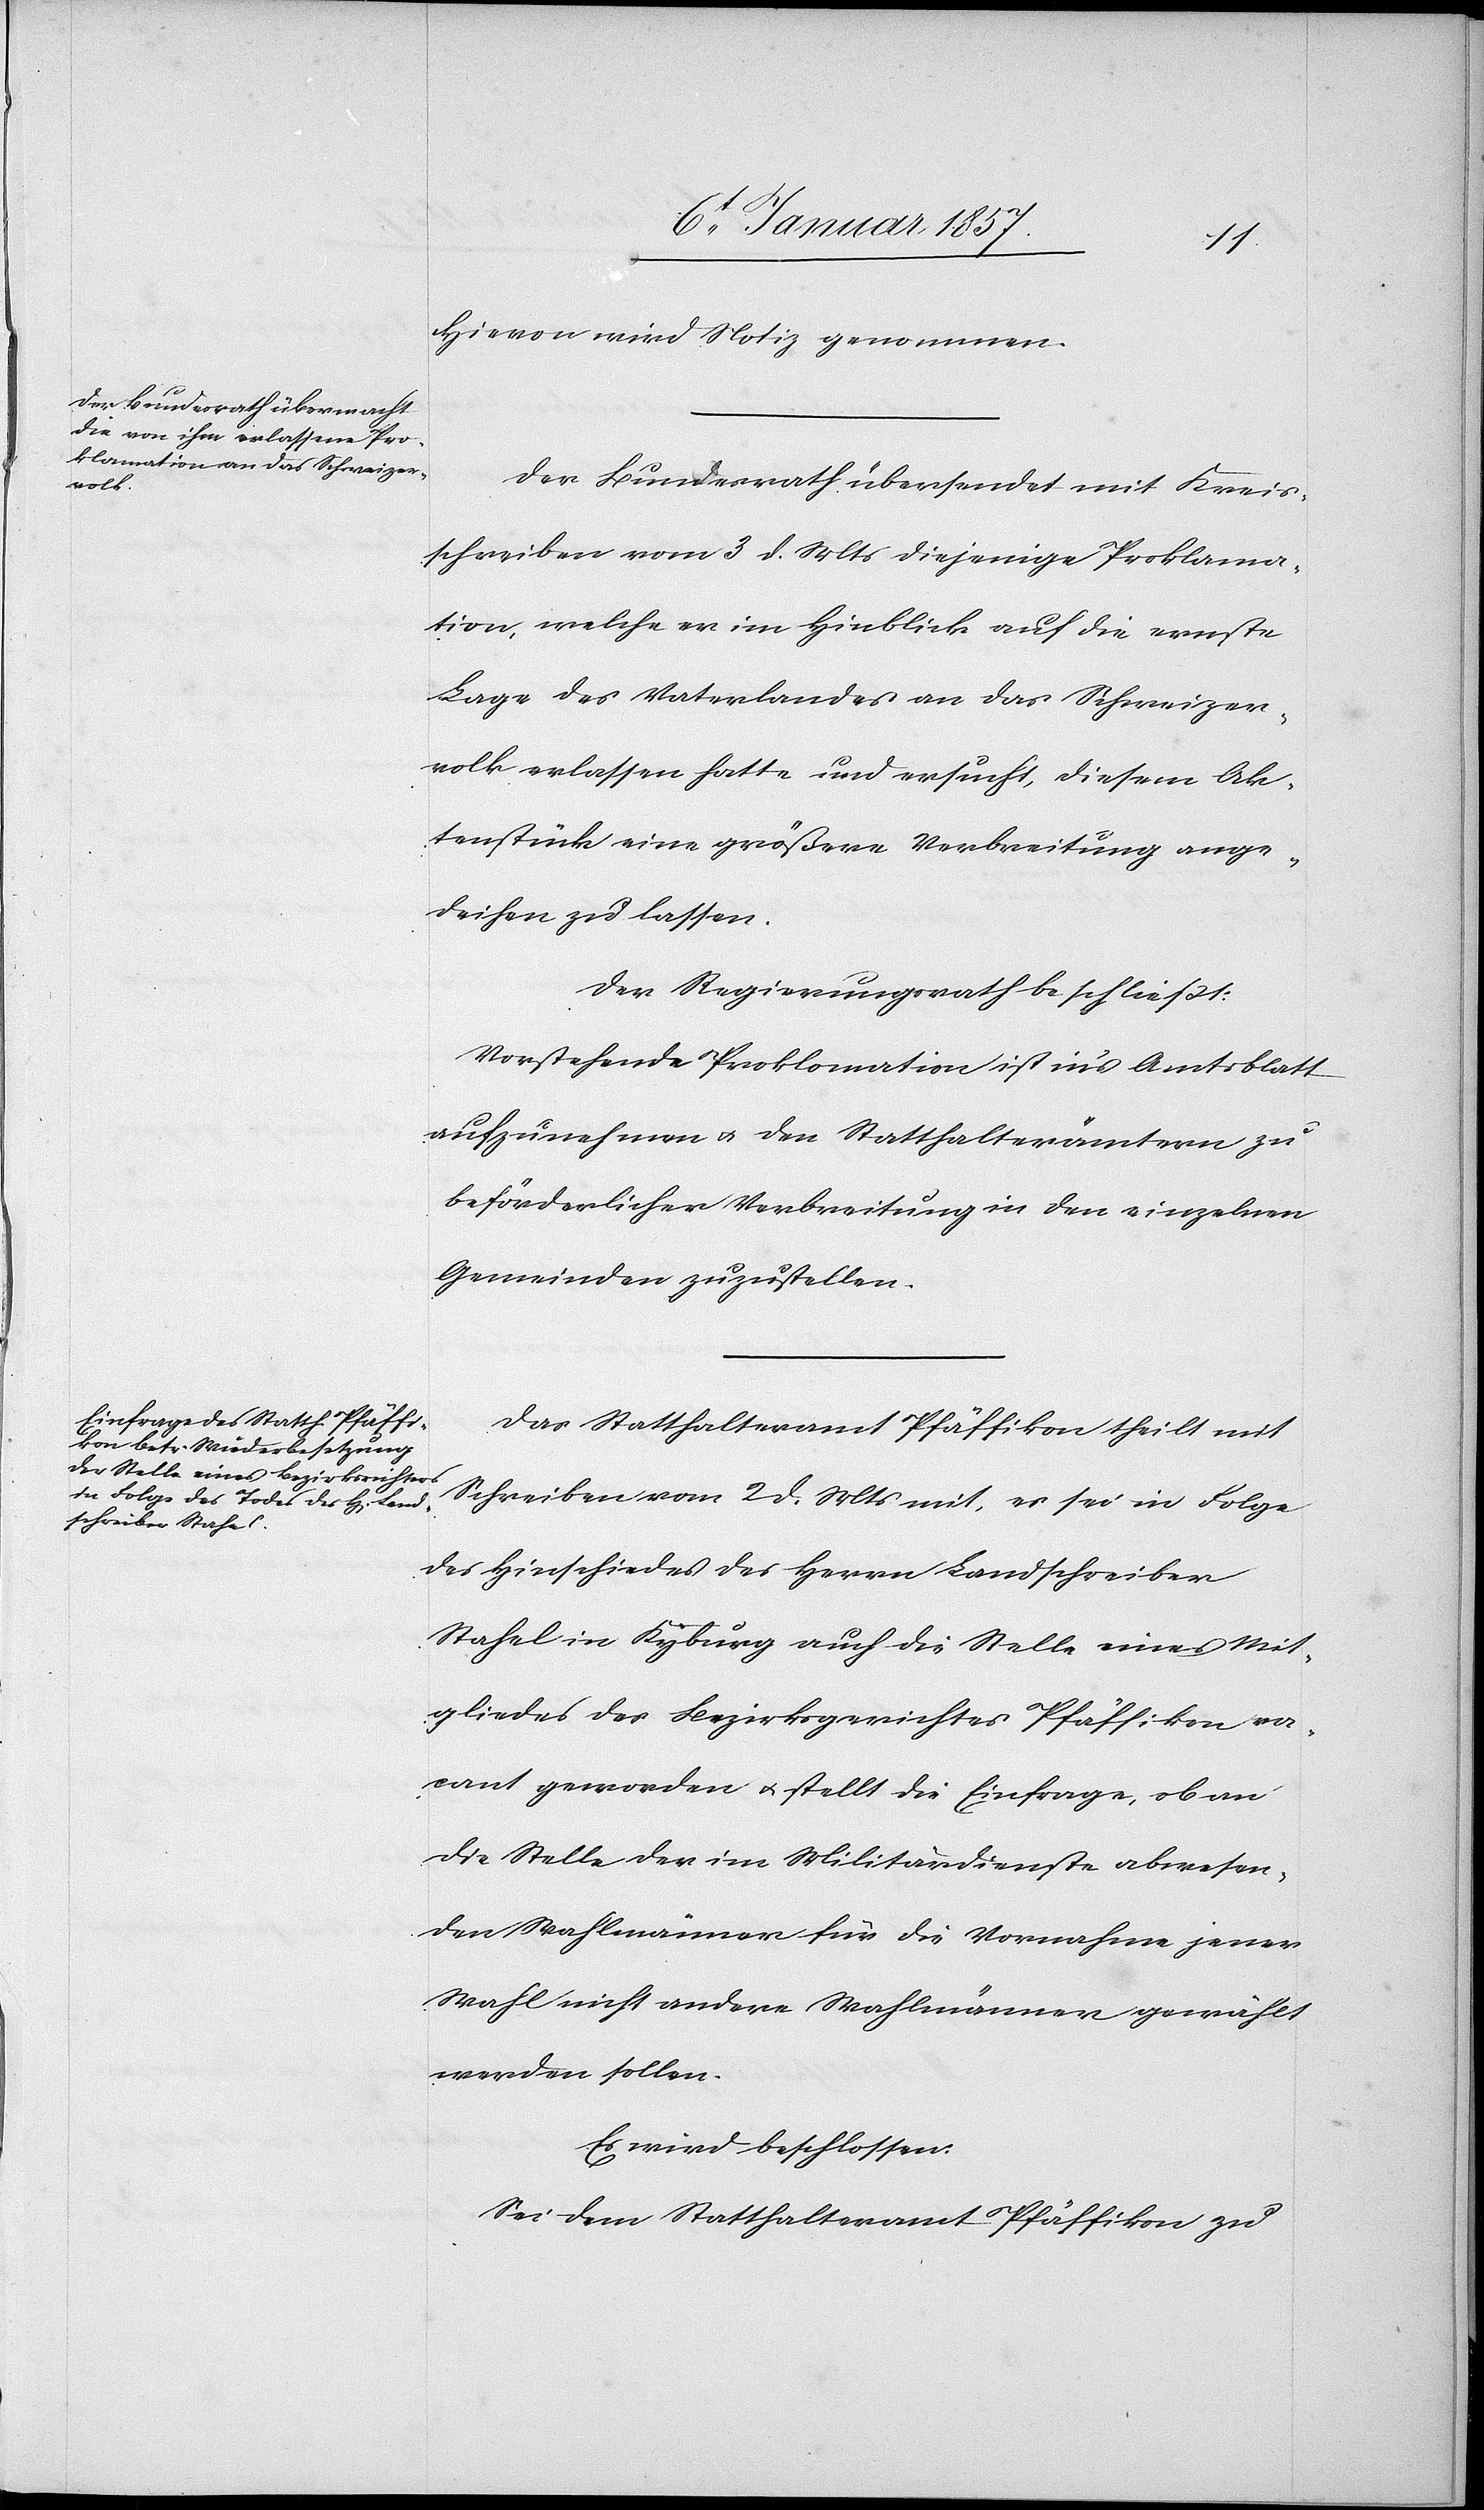
Hievon wird Notiz genommen.
Der Bundesrath übersendet mit Kreis¬
schreiben vom 3 d. Mts diejenige Proklama¬
tion, welche er im Hinblick auf die ernste
Lage des Vaterlandes an das Schweizer¬
volk erlassen hatte und ersucht, diesem Ak¬
tenstück eine größere Verbreitung ange¬
deihen zu lassen.
Der Regierungsrath beschließt:
Vorstehende Proklamation ist in's Amtsblatt
aufzunehmen u. den Statthalterämtern zu
beförderlicher Verbreitung in den einzelnen
Gemeinden zuzustellen.
Das Statthalteramt Pfäffikon theilt mit
Schreiben vom 2 d. Mts mit, es sei in Folge
des Hinschiedes des Herrn Landschreiber
Stahel in Kyburg auch die Stelle eines Mit¬
gliedes des Bezirksgerichtes Pfäffikon va¬
cant geworden u. stellt die Einfrage, ob an
die Stelle der im Militärdienste abwesen¬
den Wahlmänner für die Vornahme jener
Wahl nicht andere Wahlmänner gewählt
werden sollen.
Es wird beschlossen:
Sei dem Statthalteramt Pfäffikon zu